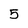
Character: 5